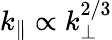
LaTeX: k_{\parallel}\propto k_{\perp}^{2/3}